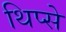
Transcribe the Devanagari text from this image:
थिप्से